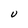
Character: U